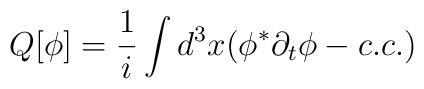
Q[\phi]=\frac{1}{i} \int d^3x ( \phi^{\ast}\partial_{t}\phi - c.c.)